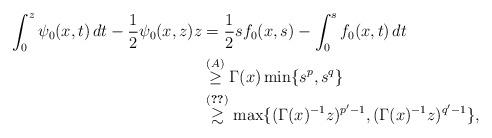
LaTeX: \begin{align*} \int_0^z \psi_0(x,t)\,dt-\frac{1}{2} \psi_0(x,z)z &= \frac{1}{2} sf_0(x,s)- \int_0^s f_0(x,t)\,dt \\ &\stackrel{(A)}\geq \Gamma(x) \min\{ s^p, s^q\} \\ &\stackrel{\eqref{eq:psibound1}}\gtrsim \max\{ (\Gamma(x)^{-1}z)^{p'-1}, (\Gamma(x)^{-1}z)^{q'-1}\},\end{align*}